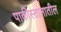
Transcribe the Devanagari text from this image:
पाकीस्तानातील